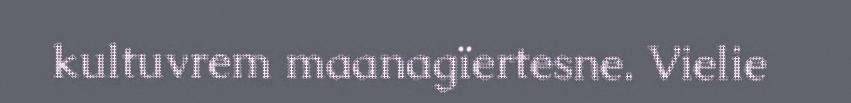
kultuvrem maanagïertesne. Vielie